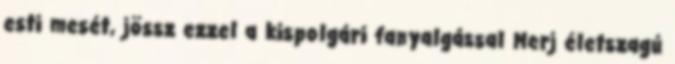
esti mesét, jössz ezzel a kispolgári fanyalgással Merj életszagú